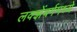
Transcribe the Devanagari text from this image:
लक्झेंबर्गमध्ये